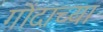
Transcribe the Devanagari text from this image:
गोंदाच्या